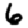
Digit: 6